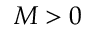
M > 0